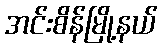
အင်းစိန်မြို့နယ်